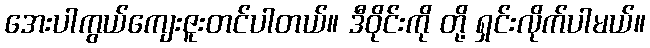
အေးပါကွယ်ကျေးဇူးတင်ပါတယ်။ ဒီဝိုင်းကို တို့ ရှင်းလိုက်ပါမယ်။